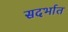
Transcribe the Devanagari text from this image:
सदर्भात